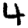
Digit: 4